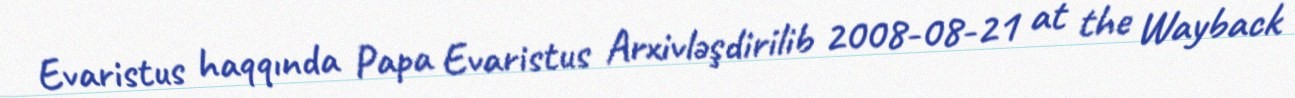
Evaristus haqqında Papa Evaristus Arxivləşdirilib 2008-08-21 at the Wayback